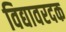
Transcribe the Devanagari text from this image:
विद्यावरदक